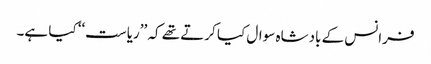
فرانس کے بادشاہ سوال کیا کرتے تھے کہ ’’ریاست‘‘ کیا ہے۔